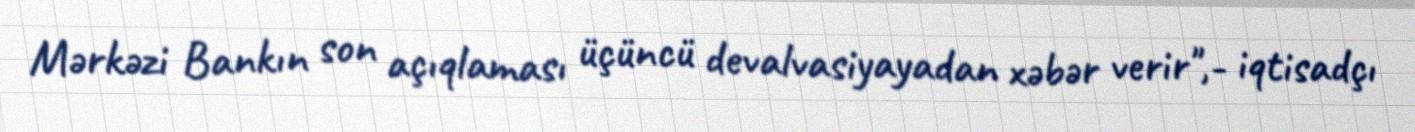
Mərkəzi Bankın son açıqlaması üçüncü devalvasiyayadan xəbər verir",- iqtisadçı